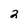
Character: 2